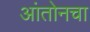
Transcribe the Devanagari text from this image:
आंतोनचा